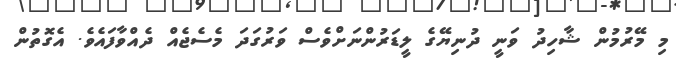
މި މޭރުމުން ޝާހިދު ވަނީ ދުނިޔޭގެ ލީޑަރުންނަށްވެސް ވަރުގަދަ މެސެޖެއް ދެއްވާފައެވެ. އެގޮތުން